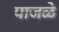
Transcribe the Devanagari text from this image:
पाजळे